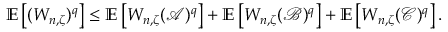
{ \ensuremath { \mathbb E } } \left[ ( W _ { n , \zeta } ) ^ { q } \right] \le { \ensuremath { \mathbb E } } \left[ W _ { n , \zeta } ( { \ensuremath { \mathcal A } } ) ^ { q } \right] + { \ensuremath { \mathbb E } } \left[ W _ { n , \zeta } ( { \ensuremath { \mathcal B } } ) ^ { q } \right] + { \ensuremath { \mathbb E } } \left[ W _ { n , \zeta } ( { \ensuremath { \mathcal C } } ) ^ { q } \right] .